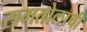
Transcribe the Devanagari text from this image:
समतोलाची